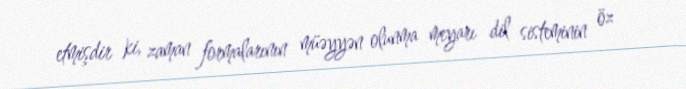
etmişdir ki, zaman formalarının müəyyən olunma meyarı dil sisteminin öz